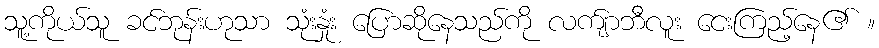
သူ့ကိုယ်သူ ခင်ဘုန်းဟုသာ သုံးနှုံး ပြောဆိုနေသည်ကို လက်ျာဘီလူး ငေးကြည့်နေ၏ ။